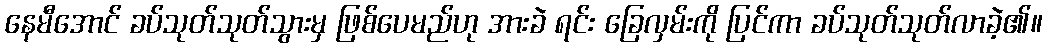
နေမီအောင် ခပ်သုတ်သုတ်သွားမှ ဖြစ်ပေမည်ဟု အားခဲ ရင်း ခြေလှမ်းကို ပြင်ကာ ခပ်သုတ်သုတ်လာခဲ့၏။